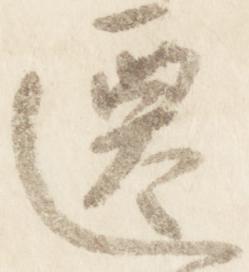
遷